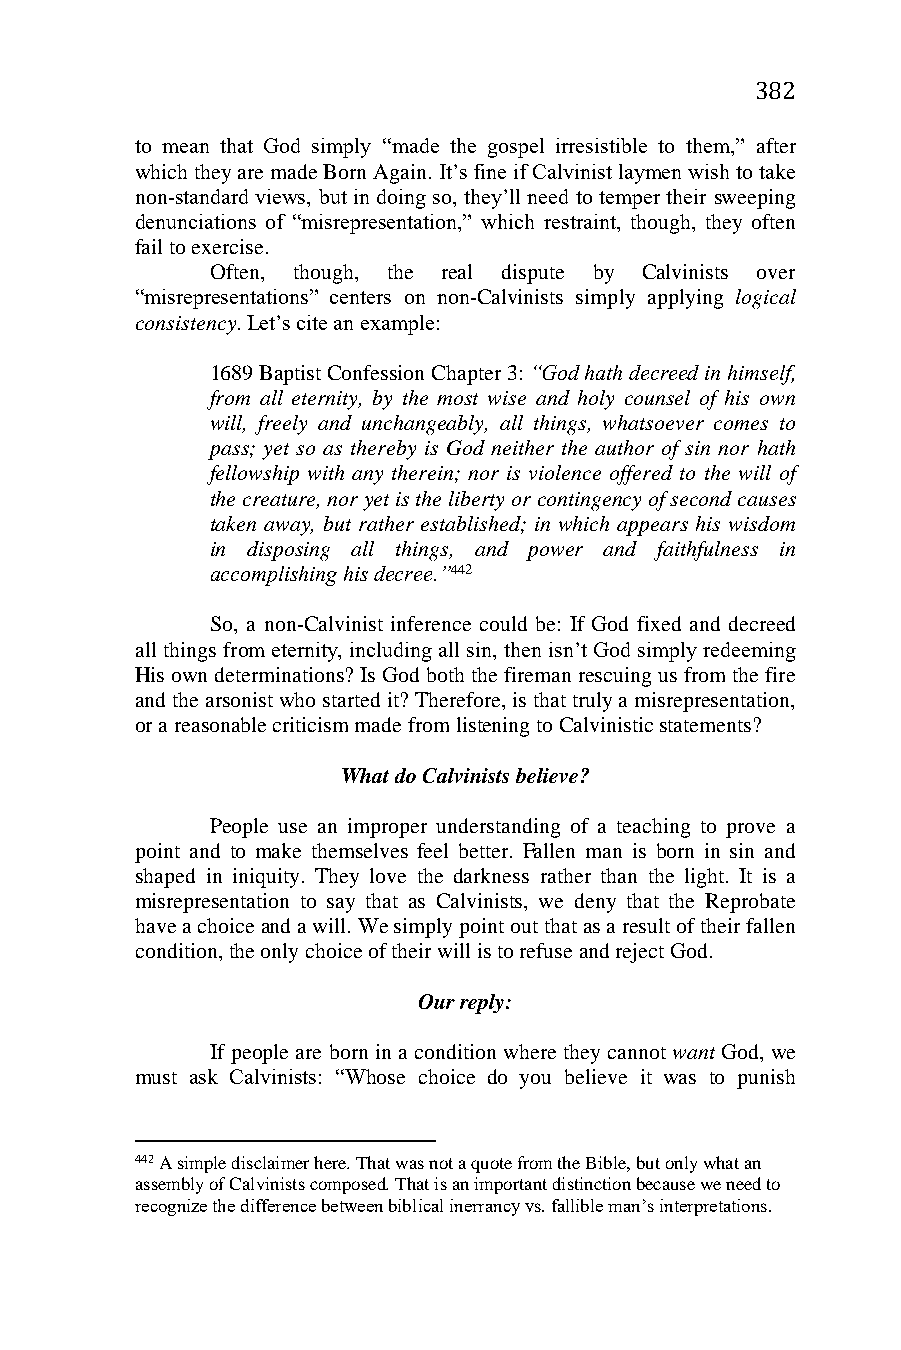
382
 to mean that God simply “made the gospel irresistible to them,” after
 which they are made Born Again. It’s fine if Calvinist laymen wish to take
 non-standard views, but in doing so, they’ll need to temper their sweeping
 denunciations of “misrepresentation,” which restraint, though, they often
 fail to exercise.
 Often, though, the real dispute by Calvinists over
 “misrepresentations” centers on non-Calvinists simply applying logical
 consistency. Let’s cite an example:
 1689 Baptist Confession Chapter 3: “God hath decreed in himself,
 from all eternity, by the most wise and holy counsel of his own
 will, freely and unchangeably, all things, whatsoever comes to
 pass; yet so as thereby is God neither the author of sin nor hath
 fellowship with any therein; nor is violence offered to the will of
 the creature, nor yet is the liberty or contingency of second causes
 taken away, but rather established; in which appears his wisdom
 in disposing all things, and power and faithfulness in
 accomplishing his decree.”442
 So, a non-Calvinist inference could be: If God fixed and decreed
 all things from eternity, including all sin, then isn’t God simply redeeming
 His own determinations? Is God both the fireman rescuing us from the fire
 and the arsonist who started it? Therefore, is that truly a misrepresentation,
 or a reasonable criticism made from listening to Calvinistic statements?
 What do Calvinists believe?
 People use an improper understanding of a teaching to prove a
 point and to make themselves feel better. Fallen man is born in sin and
 shaped in iniquity. They love the darkness rather than the light. It is a
 misrepresentation to say that as Calvinists, we deny that the Reprobate
 have a choice and a will. We simply point out that as a result of their fallen
 condition, the only choice of their will is to refuse and reject God.
 Our reply:
 If people are born in a condition where they cannot want God, we
 must ask Calvinists: “Whose choice do you believe it was to punish
 442 A simple disclaimer here. That was not a quote from the Bible, but only what an
 assembly of Calvinists composed. That is an important distinction because we need to
 recognize the difference between biblical inerrancy vs. fallible man’s interpretations.